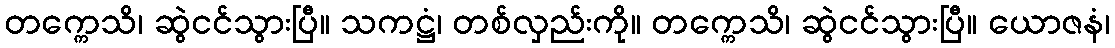
တက္ကေသိ၊ ဆွဲငင်သွားပြီ။ သကဋ္ဌံ၊ တစ်လှည်းကို။ တက္ကေသိ၊ ဆွဲငင်သွားပြီ။ ယောဇနံ၊